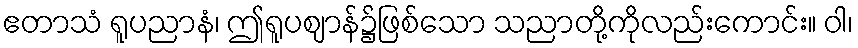
ဧတာသံ ရူပညာနံ၊ ဤရူပဈာန်၌ဖြစ်သော သညာတို့ကိုလည်းကောင်း။ ဝါ၊